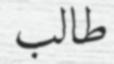
طالب